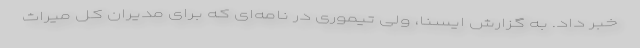
خبر داد. به گزارش ایسنا، ولی تیموری در نامه‌ای که برای مدیران کل میراث